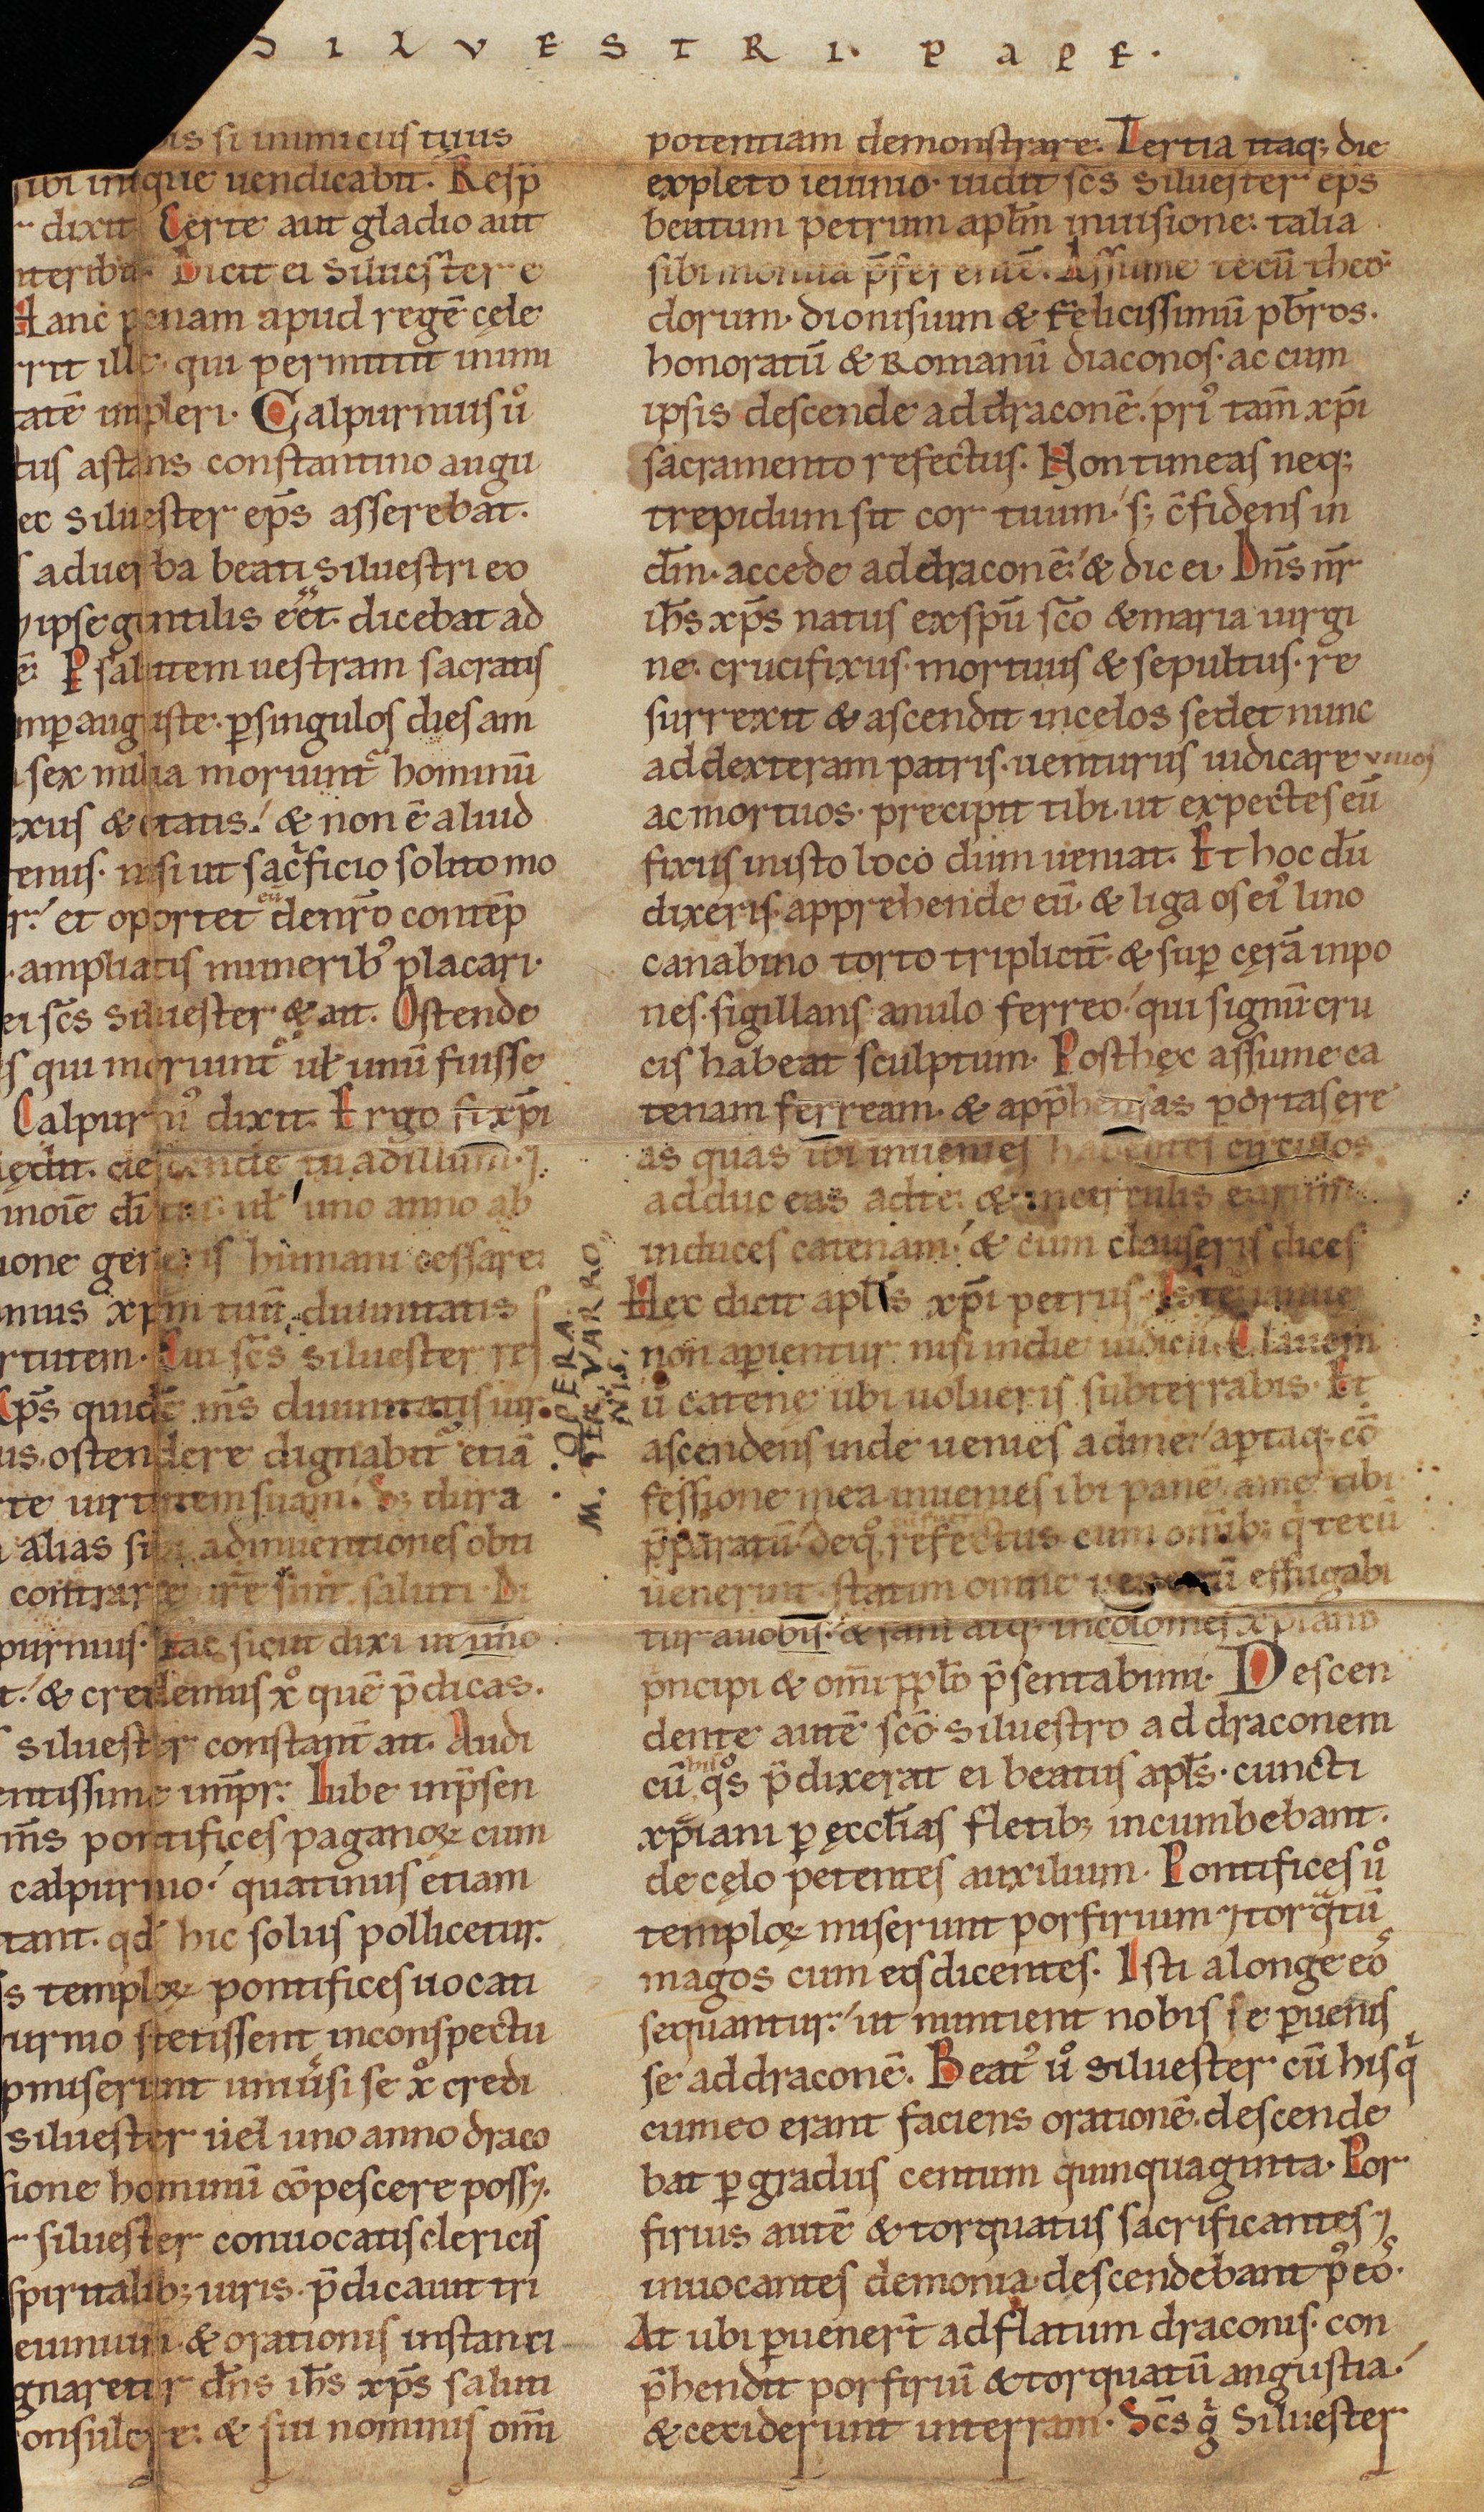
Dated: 1140–1170